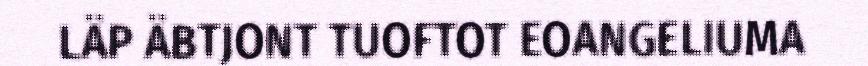
LÄP ÄBTJONT TUOFTOT EOANGELIUMA